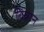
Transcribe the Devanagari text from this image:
विन्नान